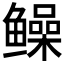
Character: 𫚫